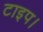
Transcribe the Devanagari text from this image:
टाइप।